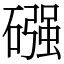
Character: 䃨